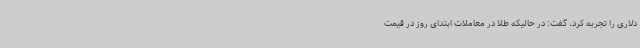
دلاری را تجربه کرد، گفت: در حالیکه طلا در معاملات ابتدای روز در قیمت